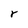
Character: r